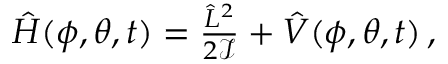
\begin{array} { r } { \hat { H } ( \phi , \theta , t ) = \frac { \hat { L } ^ { 2 } } { 2 \mathcal { I } } + \hat { V } ( \phi , \theta , t ) \, , } \end{array}